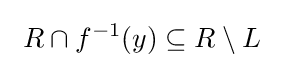
~R\cap f^{-1}(y)\subseteq R\setminus L~